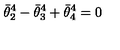
\bar { \theta } _ { 2 } ^ { 4 } - \bar { \theta } _ { 3 } ^ { 4 } + \bar { \theta } _ { 4 } ^ { 4 } = 0